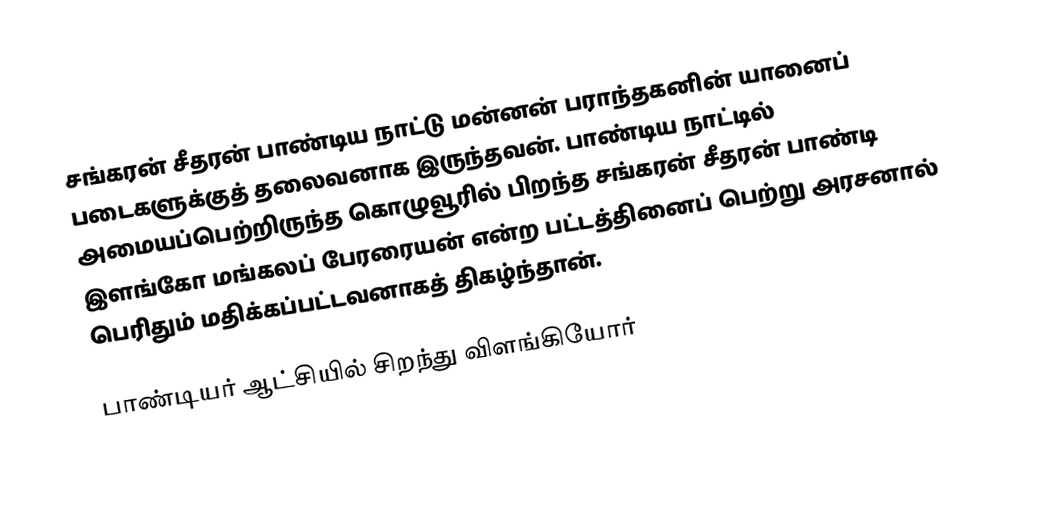
சங்கரன் சீதரன் பாண்டிய நாட்டு மன்னன் பராந்தகனின் யானைப் படைகளுக்குத் தலைவனாக இருந்தவன். பாண்டிய நாட்டில் அமையப்பெற்றிருந்த கொழுவூரில் பிறந்த சங்கரன் சீதரன் பாண்டி இளங்கோ மங்கலப் பேரரையன் என்ற பட்டத்தினைப் பெற்று அரசனால் பெரிதும் மதிக்கப்பட்டவனாகத் திகழ்ந்தான்.

பாண்டியர் ஆட்சியில் சிறந்து விளங்கியோர்